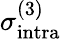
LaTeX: \sigma_{\mathrm{intra}}^{(3)}